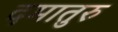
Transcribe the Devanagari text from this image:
दमातुरु